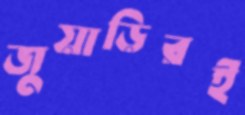
জুয়াড়িরই